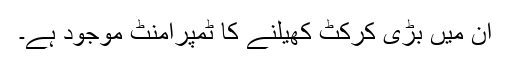
ان میں بڑی کرکٹ کھیلنے کا ٹمپرامنٹ موجود ہے۔